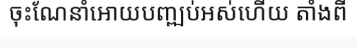
ចុះណែនាំអោយបញ្ឍប់អស់ហើយ តាំងពី